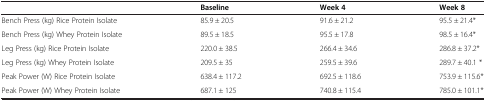
<table><thead><tr><td><b> </b></td><td><b>Baseline</b></td><td><b>Week 4</b></td><td><b>Week 8</b></td></tr></thead><tbody><tr><td>Bench Press (kg) Rice Protein Isolate</td><td>85.9 ± 20.5</td><td>91.6 ± 21.2</td><td>95.5 ± 21.4*</td></tr><tr><td>Bench Press (kg) Whey Protein Isolate</td><td>89.5 ± 18.5</td><td>95.5 ± 17.8</td><td>98.5 ± 16.4*</td></tr><tr><td>Leg Press (kg) Rice Protein Isolate</td><td>220.0 ± 38.5</td><td>266.4 ± 34.6</td><td>286.8 ± 37.2*</td></tr><tr><td>Leg Press (kg) Whey Protein Isolate</td><td>209.5 ± 35</td><td>259.5 ± 39.6</td><td>289.7 ± 40.1 *</td></tr><tr><td>Peak Power (W) Rice Protein Isolate</td><td>638.4 ± 117.2</td><td>692.5 ± 118.6</td><td>753.9 ± 115.6*</td></tr><tr><td>Peak Power (W) Whey Protein Isolate</td><td>687.1 ± 125</td><td>740.8 ± 115.4</td><td>785.0 ± 101.1*</td></tr></tbody></table>